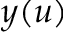
y ( u )